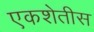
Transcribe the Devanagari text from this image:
एकशेतीस